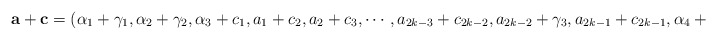
\begin{align*}\mathbf{a}+\mathbf{c}=(\alpha_1+\gamma_1,\alpha_2+\gamma_2,\alpha_3+c_1,a_1+c_2,a_2+c_3,\cdots,a_{2k-3}+c_{2k-2},a_{2k-2}+\gamma_3,a_{2k-1}+c_{2k-1},\alpha_4+\gamma_4),\end{align*}